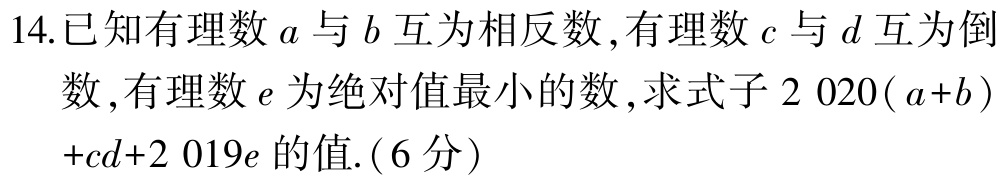
14.已知有理数\(a\)与\(b\)互为相反数,有理数\(c\)与\(d\)互为倒

数,有理数\(e\)为绝对值最小的数,求式子\(2020(a + b)+cd + 2019e\)的值.(6分)